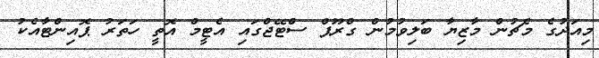
މިއަދުގެ މެޗުން މާޒިޔާ ބަލިވުމުން ގްރޫޕް ސްޓޭޖްގައި އެޓީމް އޮތީ ހަތަރު ޕޮއިންޓާއެކު